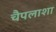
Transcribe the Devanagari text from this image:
चैपलाशा